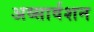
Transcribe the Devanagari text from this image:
अव्सार्वशन